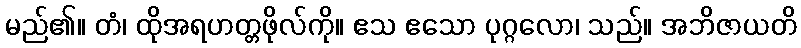
မည်၏။ တံ၊ ထိုအရဟတ္တဖိုလ်ကို။ ဧသ ဧသော ပုဂ္ဂလော၊ သည်။ အဘိဇာယတိ